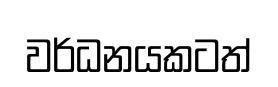
වර්ධනයකටත්